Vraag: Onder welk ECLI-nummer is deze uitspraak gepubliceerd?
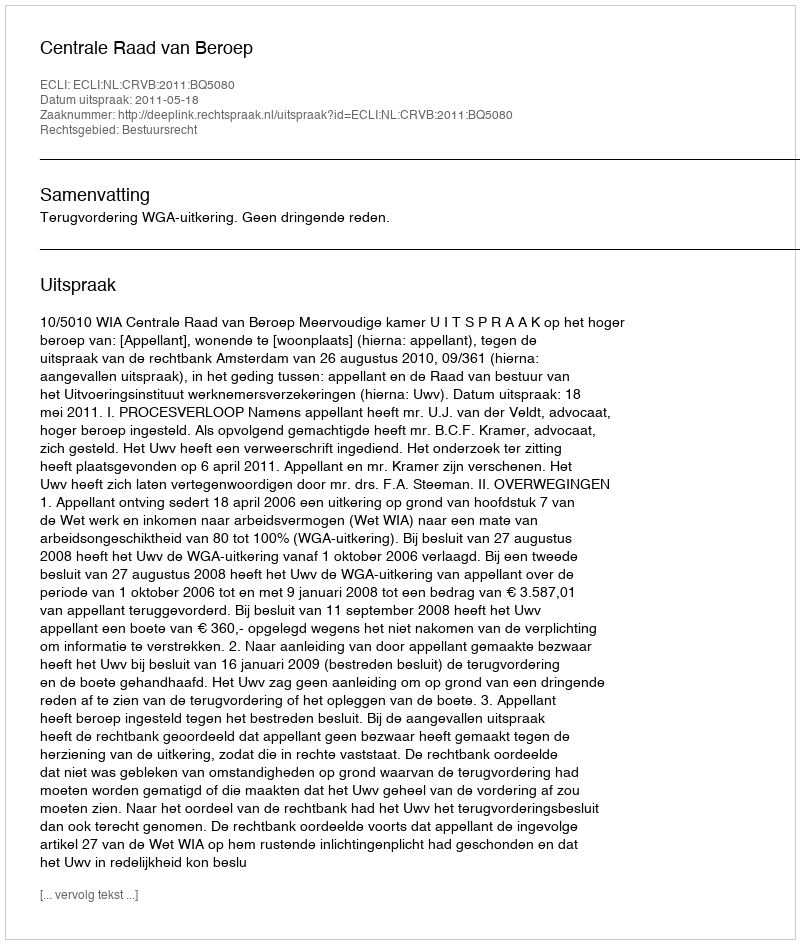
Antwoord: ECLI:NL:CRVB:2011:BQ5080